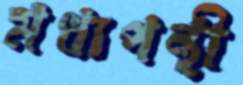
মধ্যপন্থী